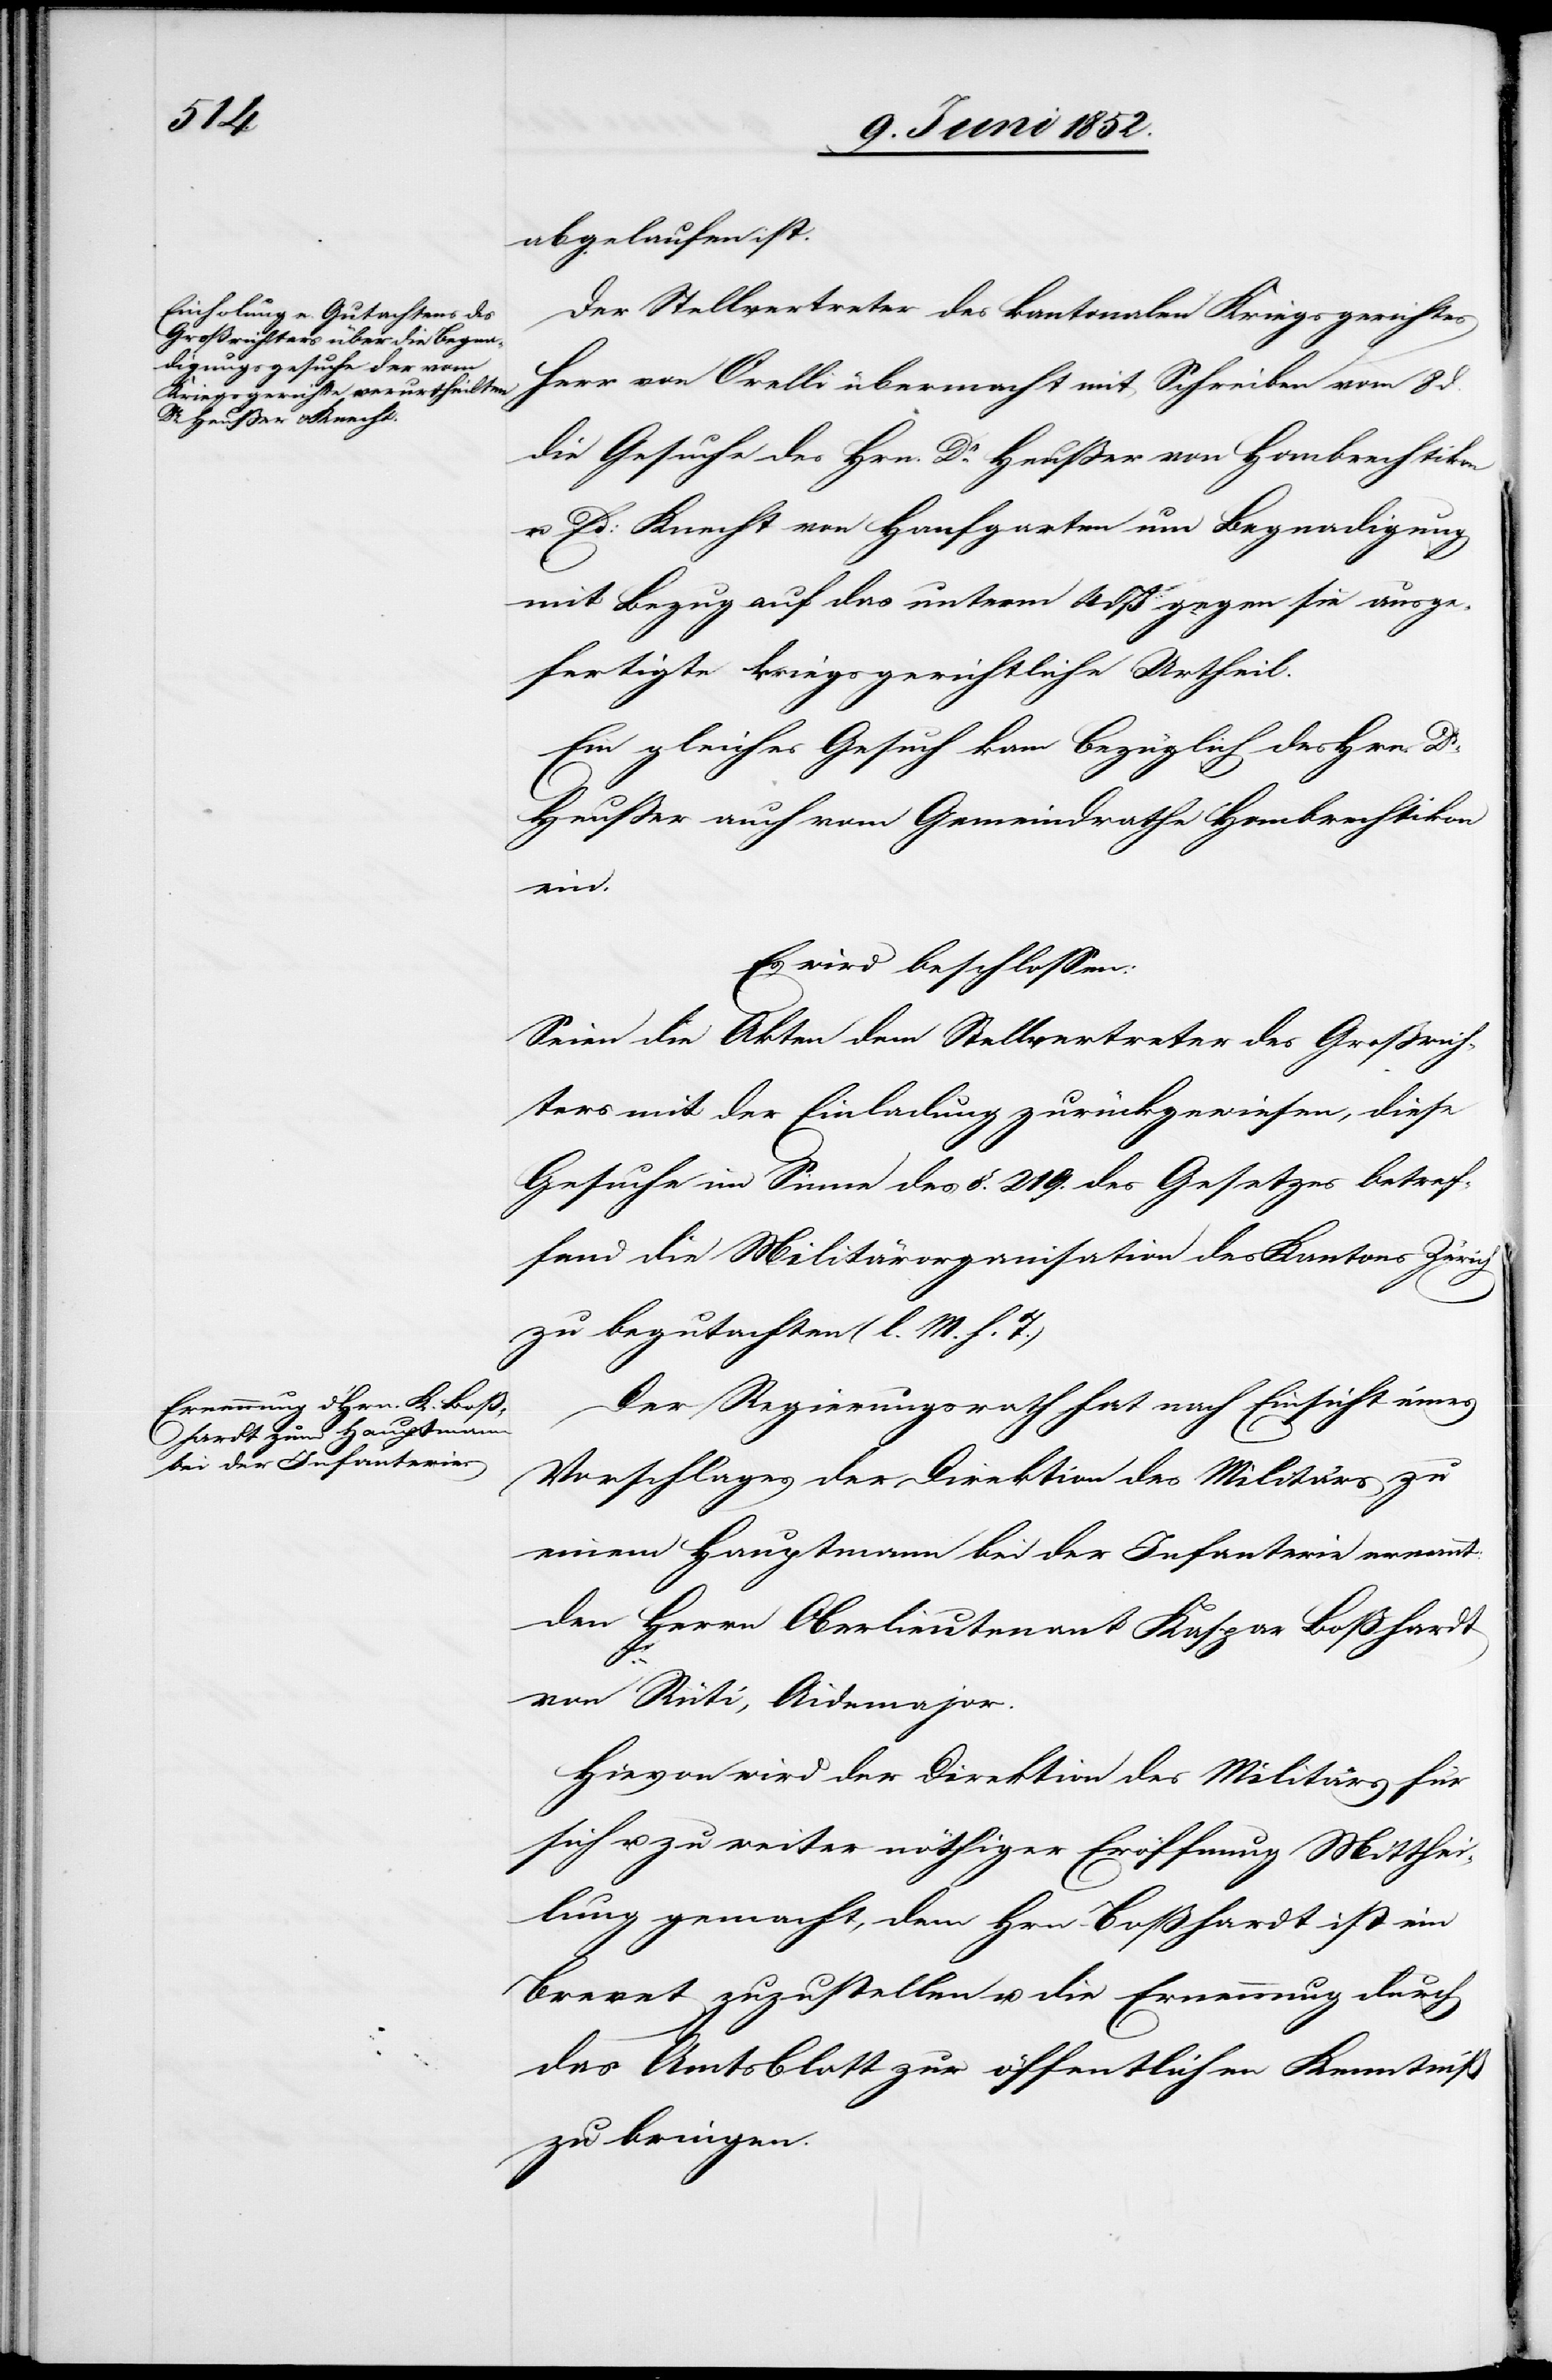
abgelaufen ist.
Der Stellvertreter des kantonalen Kriegsgerichtes
Herr von Orelli übermacht mit Schreiben vom 8 d.
die Gesuche des Hrn. Dr. Heusser von Hombrechtikon
u. Ed: Knecht von Hanfgarten um Begnadigung
mit Bezug auf das unterm 4 dß gegen sie ausge¬
fertigte kriegsgerichtliche Urtheil.
Ein gleiches Gesuch kam bezüglich des Hrn. Dr.
Heusser auch vom Gemeindrathe Hombrechtikon
ein.
Es wird beschlossen:
Seien die Akten dem Stellvertreter des Grossrich¬
ters mit der Einladung zurückgewiesen, diese
Gesuche im Sinne des §. 219. des Gesetzes betref¬
fend die Militärorganisation des Kantons Zürich
zu begutachten (l. M. h. T.)
Der Regierungsrath hat nach Einsicht eines
Vorschlages der Direktion des Militärs zu
einem Hauptmann bei der Infanterie ernannt:
den Herrn Oberlieutenant Kaspar Boßhardt
von Rüti, Aidemajor.
Hievon wird der Direktion des Militärs für
sich u. zu weiter nöthiger Eröffnung Mitthei¬
lung gemacht, dem Hrn. Boßhardt ist ein
Brevet zuzustellen u. die Ernennung durch
das Amtsblatt zur öffentlichen Kenntniß
zu bringen.